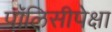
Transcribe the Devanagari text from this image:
पॉलिसीपेक्षा